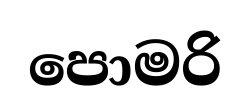
පොමරි